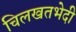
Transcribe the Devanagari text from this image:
चिलखतभेदी